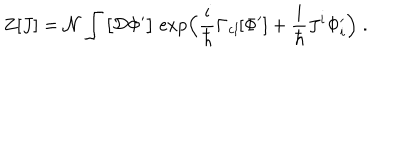
Z [ J ] = \mathcal { N } \int \big [ \mathcal { D } \Phi ^ { \prime } \big ] \; \mathrm { e x p } \Big ( \frac { \mathrm { i } } { \hbar } \Gamma _ { \mathit { c l } } [ \Phi ^ { \prime } ] + \frac { \mathrm { i } } { \hbar } J ^ { i } \Phi _ { i } ^ { \prime } \Big ) \; .